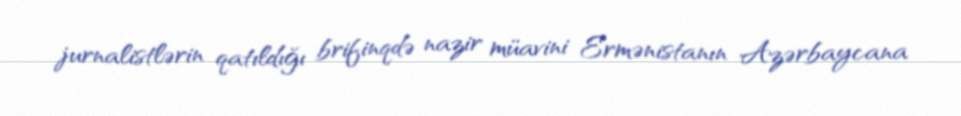
jurnalistlərin qatıldığı brifinqdə nazir müavini Ermənistanın Azərbaycana